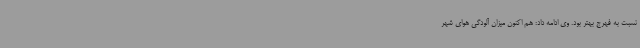
نسبت به فهرج بهتر بود. وی ادامه داد: هم اکنون میزان آلودگی هوای شهر